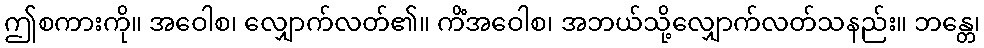
ဤစကားကို။ အဝေါစ၊ လျှောက်လတ်၏။ ကိံအဝေါစ၊ အဘယ်သို့လျှောက်လတ်သနည်း။ ဘန္တေ၊